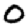
Digit: 0